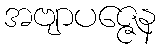
အဗျာပဇ္ဇေန